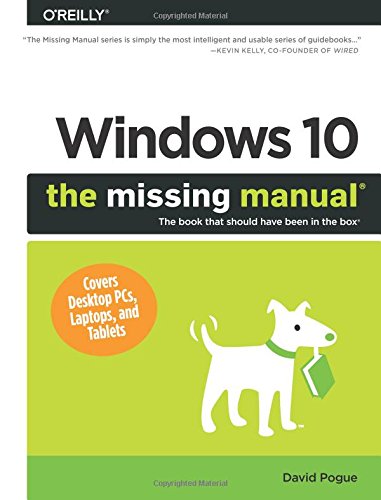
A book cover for Windows 10: The Missing Manual; David Pogue; Computers & Technology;